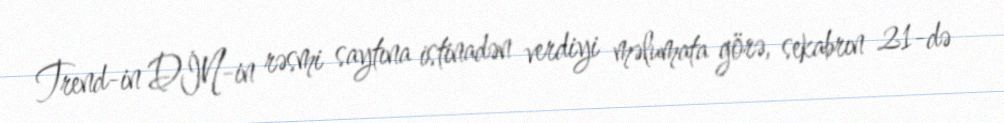
Trend-in DİN-in rəsmi saytına istinadən verdiyi məlumata görə, sekabrın 21-də